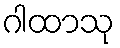
ဂါထာသု